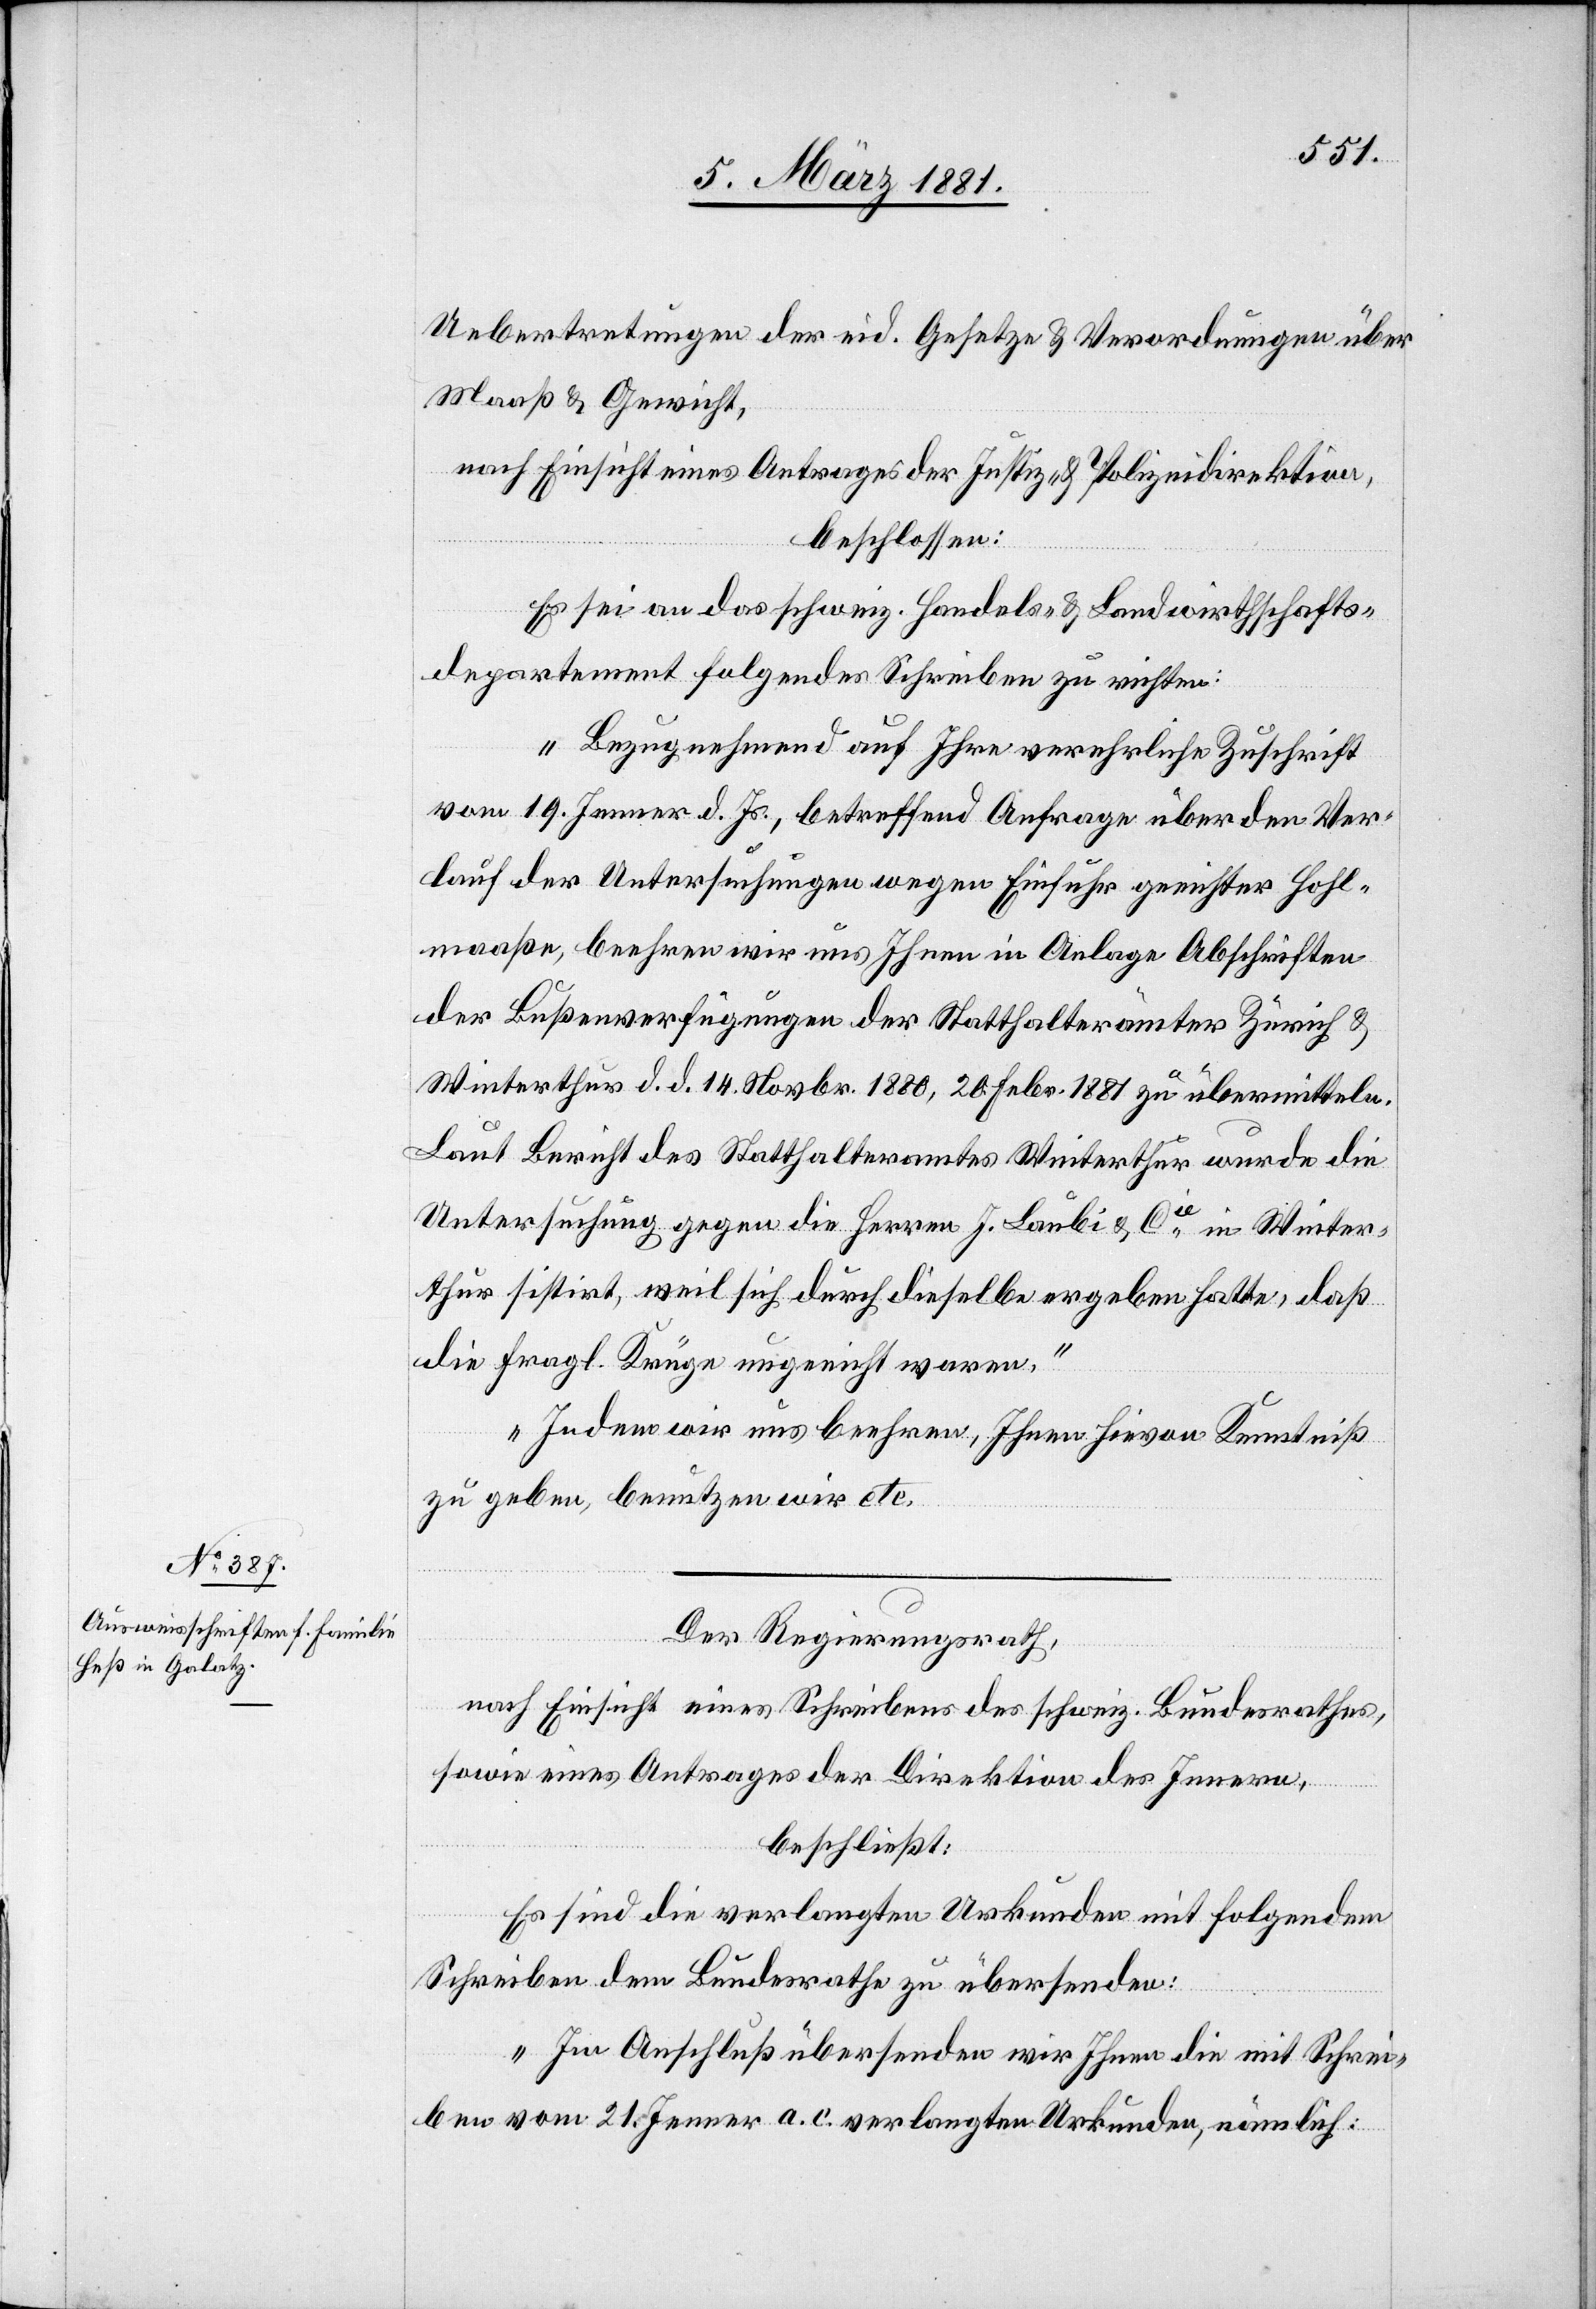
Uebertretungen der eid. Gesetze & Verordnungen über
Maaß & Gewicht,
nach Einsicht eines Antrages der Justiz- & Polizeidirektion,
beschlossen:
Es sei an das schweiz. Handels- & Landwirthschafts¬
departement folgendes Schreiben zu richten:
„Bezugnehmen auf Ihre verehrliche Zuschrift
vom 19. Jenner d. Js., betreffend Anfrage über den Ver¬
lauf der Untersuchungen wegen Einfuhr geeichter Hohl¬
maaße, beehren wir uns Ihnen in Anlage Abschriften
der Bußenverfügungen der Statthalterämter Zürich &
Winterthur d. d. 14. Novbr. 1880, 20. Febr. 1881 zu übermitteln.
Laut Bericht des Statthalteramtes Winterthur wurde die
Untersuchung gegen die Herren J. Laubi & Cie in Winter¬
thur sistirt, weil sich durch dieselbe ergeben hatte, daß
die fragl. Krüge ungeeicht waren.“
„In dem wir uns beehren, Ihnen hievon Kenntniß
zu geben, benutzen wir ect.“
Der Regierungsrath,
nach Einsicht eines Schreibens des schweiz. Bundesrathes,
sowie eines Antrages der Direktion des Innern,
beschließt:
Es sind die verlangten Urkunden mit folgendem
Schreiben dem Bundesrathe zu übersenden:
„Im Anschluß übersenden wir Ihnen die mit Schrei¬
ben vom 21. Jenner a. c. verlangten Urkunden, nämlich: